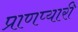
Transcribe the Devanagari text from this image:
प्राणप्यारी